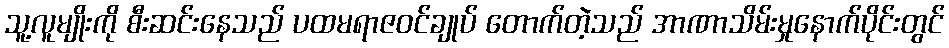
သူ့လူမျိုးကို စီးဆင်းနေသည် ပထမရာဇဝင်ချုပ် တောက်တဲ့သည် အာဏာသိမ်းမှုနောက်ပိုင်းတွင်